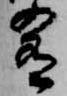
肴